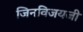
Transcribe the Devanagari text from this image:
जिनविजयजी